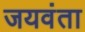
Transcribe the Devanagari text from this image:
जयवंता